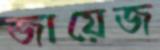
জায়েজ